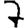
Digit: 7